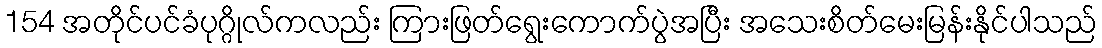
154 အတိုင်ပင်ခံပုဂ္ဂိုလ်ကလည်း ကြားဖြတ်ရွေးကောက်ပွဲအပြီး အသေးစိတ်မေးမြန်းနိုင်ပါသည်